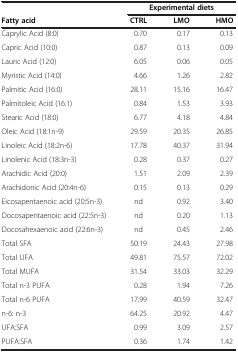
<table><thead><tr><td><b> </b></td><td colspan="3"><b>Experimental diets</b></td></tr><tr><td><b>Fatty acid</b></td><td><b>CTRL</b></td><td><b>LMO</b></td><td><b>HMO</b></td></tr></thead><tbody><tr><td>Caprylic Acid (8:0)</td><td>0.70</td><td>0.17</td><td>0.13</td></tr><tr><td>Capric Acid (10:0)</td><td>0.87</td><td>0.13</td><td>0.09</td></tr><tr><td>Lauric Acid (12:0)</td><td>6.05</td><td>0.06</td><td>0.05</td></tr><tr><td>Myristic Acid (14:0)</td><td>4.66</td><td>1.26</td><td>2.82</td></tr><tr><td>Palmitic Acid (16:0)</td><td>28.11</td><td>15.16</td><td>16.47</td></tr><tr><td>Palmitoleic Acid (16:1)</td><td>0.84</td><td>1.53</td><td>3.93</td></tr><tr><td>Stearic Acid (18:0)</td><td>6.77</td><td>4.18</td><td>4.84</td></tr><tr><td>Oleic Acid (18:1n-9)</td><td>29.59</td><td>20.35</td><td>26.85</td></tr><tr><td>Linoleic Acid (18:2n-6)</td><td>17.78</td><td>40.37</td><td>31.94</td></tr><tr><td>Linolenic Acid (18:3n-3)</td><td>0.28</td><td>0.37</td><td>0.27</td></tr><tr><td>Arachidic Acid (20:0)</td><td>1.51</td><td>2.09</td><td>2.39</td></tr><tr><td>Arachidonic Acid (20:4n-6)</td><td>0.15</td><td>0.13</td><td>0.29</td></tr><tr><td>Eicosapentaenoic acid (20:5n-3)</td><td>nd</td><td>0.92</td><td>3.40</td></tr><tr><td>Docosapentaenoic acid (22:5n-3)</td><td>nd</td><td>0.20</td><td>1.13</td></tr><tr><td>Docosahexaenoic acid (22:6n-3)</td><td>nd</td><td>0.45</td><td>2.46</td></tr><tr><td>Total SFA</td><td>50.19</td><td>24.43</td><td>27.98</td></tr><tr><td>Total UFA</td><td>49.81</td><td>75.57</td><td>72.02</td></tr><tr><td>Total MUFA</td><td>31.54</td><td>33.03</td><td>32.29</td></tr><tr><td>Total n-3 PUFA</td><td>0.28</td><td>1.94</td><td>7.26</td></tr><tr><td>Total n-6 PUFA</td><td>17.99</td><td>40.59</td><td>32.47</td></tr><tr><td>n-6: n-3</td><td>64.25</td><td>20.92</td><td>4.47</td></tr><tr><td>UFA:SFA</td><td>0.99</td><td>3.09</td><td>2.57</td></tr><tr><td>PUFA:SFA</td><td>0.36</td><td>1.74</td><td>1.42</td></tr></tbody></table>